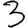
Digit: 3